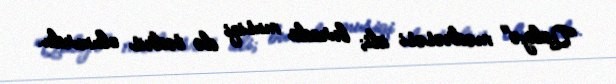
"Qaliyə" mədrəsəsi idi; burada musiqi də tədris olunurdu.